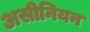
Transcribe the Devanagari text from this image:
असीनियन